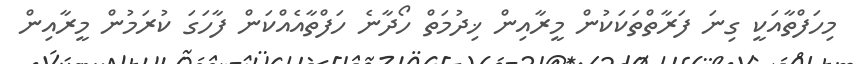
މިހަފްތާއަކީ ގިނަ ފަރާތްތަކަކުން މީރާއިން ޚިދުމަތް ހޯދާނެ ހަފްތާއެއްކަން ފާހަގަ ކުރަމުން މީރާއިން